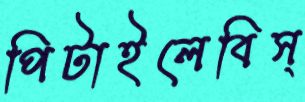
পিটাইলেবিস্